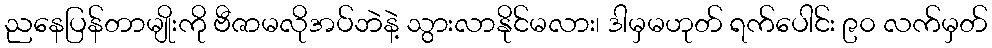
ညနေပြန်တာမျိုးကို ဗီဇာမလိုအပ်ဘဲနဲ့ သွားလာနိုင်မလား၊ ဒါမှမဟုတ် ရက်ပေါင်း ၉၀ လက်မှတ်